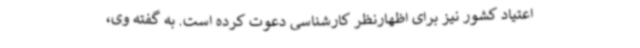
اعتیاد کشور نیز برای اظهارنظر کارشناسی دعوت کرده است. به گفته وی،